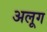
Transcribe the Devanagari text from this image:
अलूग